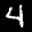
Label: 4